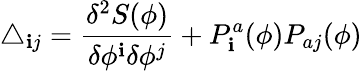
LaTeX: \triangle_{\mathbf{i}j}=\frac{{\delta^{2}S(\phi)}}{{\delta\phi^{\mathbf{i}}\delta\phi^{j}}}+P_{\mathbf{i}}^{a}(\phi)P_{aj}(\phi)